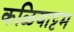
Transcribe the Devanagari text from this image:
कळियाट्टम